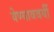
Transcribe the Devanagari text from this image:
येण्याववर्यी